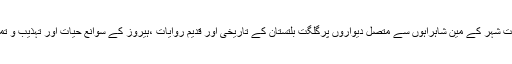
پینٹنگ کی ٹیم ایک ہفتے کے دورے کے دوران گلگت شہر کے مین شاہراہوں سے متصل دیواروں پرگلگت بلتستان کے تاریخی اور قدیم روایات ،ہیروز کے سوانع حیات اور تہذیب و تمدن پر مشتمل خوبصورت پینٹنگ کا آغاز کرے گی ۔